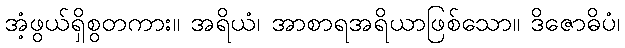
အံ့ဖွယ်ရှိစွတကား။ အရိယံ၊ အာစာရအရိယာဖြစ်သော။ ဒိဇောဓိပံ၊